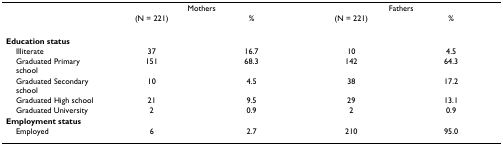
<table><thead><tr><td></td><td colspan="2"><b>Mothers</b></td><td colspan="2"><b>Fathers</b></td></tr><tr><td></td><td><b>(N = 221)</b></td><td><b>%</b></td><td><b>(N = 221)</b></td><td><b>%</b></td></tr></thead><tbody><tr><td><b>Education status</b></td><td></td><td></td><td></td><td></td></tr><tr><td> Illiterate</td><td>37</td><td>16.7</td><td>10</td><td>4.5</td></tr><tr><td> Graduated Primary school</td><td>151</td><td>68.3</td><td>142</td><td>64.3</td></tr><tr><td> Graduated Secondary school</td><td>10</td><td>4.5</td><td>38</td><td>17.2</td></tr><tr><td> Graduated High school</td><td>21</td><td>9.5</td><td>29</td><td>13.1</td></tr><tr><td> Graduated University</td><td>2</td><td>0.9</td><td>2</td><td>0.9</td></tr><tr><td><b>Employment status</b></td><td></td><td></td><td></td><td></td></tr><tr><td> Employed</td><td>6</td><td>2.7</td><td>210</td><td>95.0</td></tr></tbody></table>